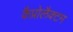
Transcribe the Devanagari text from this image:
कैप्रोलैक्टम